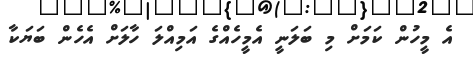
އެ މީހުން ކަމަށް މި ބަލަނީ އެމީހެއްގެ އަމިއްލަ ހާލަށް އެހެން ބަޔަކާ